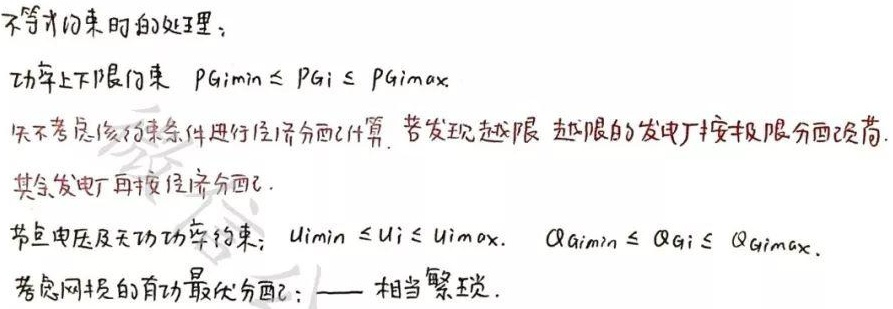
不等式约束的处理：
功率上下限约束 \( PG_{imin} \leq PG_{i} \leq PG_{imax} \)
先不考虑该约束条件进行经济分配计算，若发现越限，越限的发电厂按极限分配负荷，其余发电厂再按经济分配。
节点电压及无功功率约束： \( U_{imin} \leq U_{i} \leq U_{imax} \)， \( Q_{Gimin} \leq Q_{Gi} \leq Q_{Gimax} \)。
考虑网损的有功最优分配：——相当繁琐。